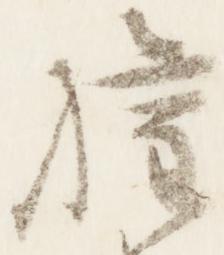
権